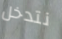
نتدخل